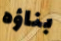
بناؤه